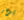
يزفر